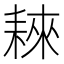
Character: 𦓹